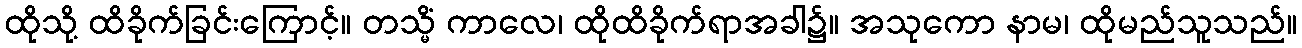
ထိုသို့ ထိခိုက်ခြင်းကြောင့်။ တသ္မိံ ကာလေ၊ ထိုထိခိုက်ရာအခါ၌။ အသုကော နာမ၊ ထိုမည်သူသည်။